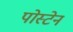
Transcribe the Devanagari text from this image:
पोस्टेन